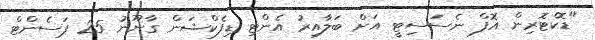
"ޑޮކްޓޮރިން އޮފް ނެސަސިޓީ އަށް ބަލާއިރު އެންޓި ޑިފެކްޝަން ގާނޫނު 25 ޕަސެންޓް